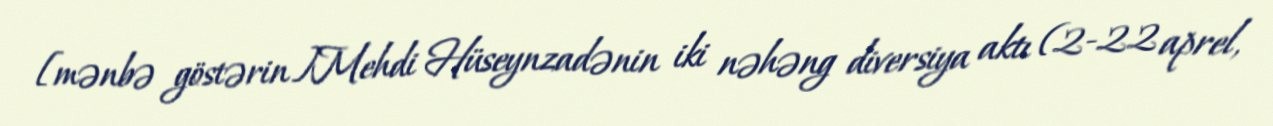
[mənbə göstərin]Mehdi Hüseynzadənin iki nəhəng diversiya aktı (2-22 aprel,